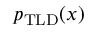
p _ { \mathrm { T L D } } ( x )